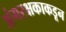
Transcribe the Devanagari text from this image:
अंगरक्षकाकडून